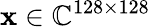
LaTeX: \mathbf{x}\in\mathbb{C}^{128\times 128}